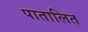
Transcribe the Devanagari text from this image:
पातालित